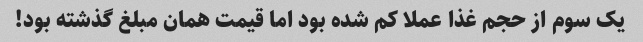
یک سوم از حجم غذا عملا کم شده بود اما قیمت همان مبلغ گذشته بود!